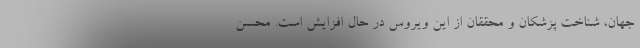
جهان، شناخت پزشکان و محققان از این ویروس در حال افزایش است. محسن